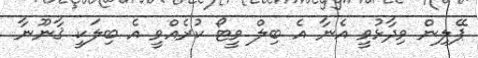
ޕޭލިން ވިދާޅުވީ އެނާ އެ ބިލް ވީޓޯ ކުރެއްވީ އެ ބިލަކީ ޤާނޫނާ